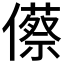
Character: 𠐐